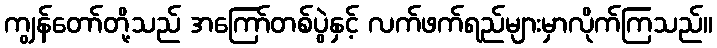
ကျွန်တော်တို့သည် အကြော်တစ်ပွဲနှင့် လက်ဖက်ရည်များမှာလိုက်ကြသည်။